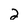
Character: 2